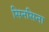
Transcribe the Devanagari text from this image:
सिनसिना